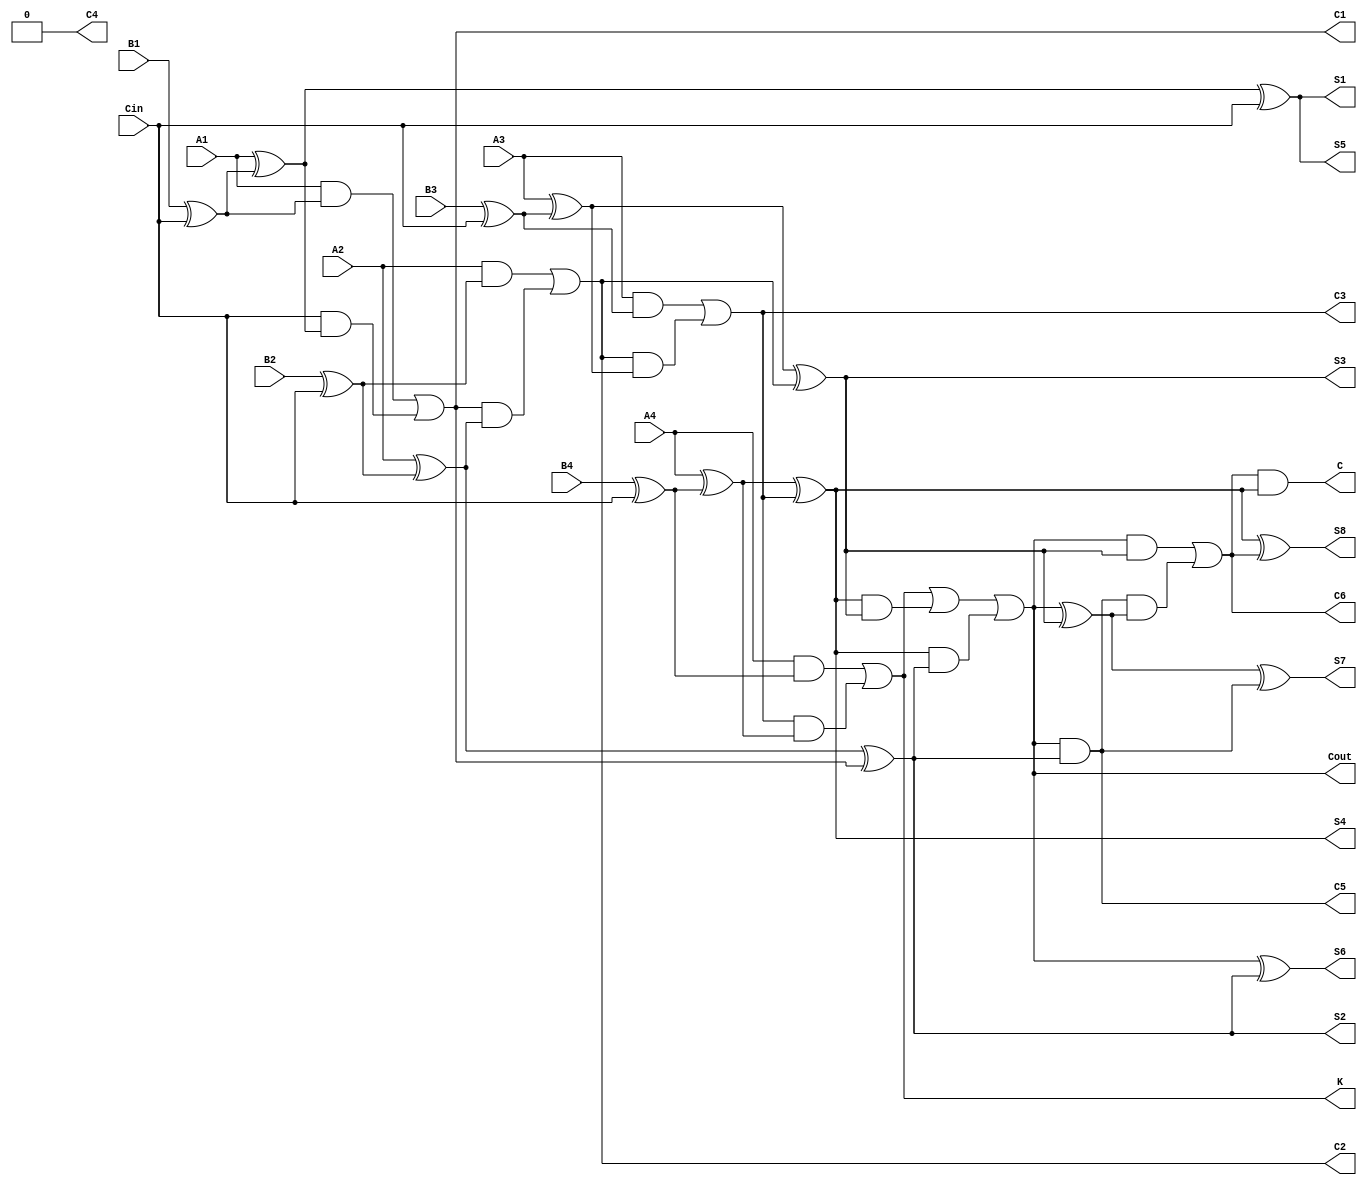
`timescale 1ns / 1ps

module bcd_adder(A4, A3, A2, A1, B4, B3, B2, B1, Cin, C1, C2, C3, K, Cout, S4, S3, S2, S1, S8, S7, S6, S5, C4, C5, C6, C);

input A4, A3, A2, A1, B4, B3, B2, B1, Cin;
output S4, S3, S2, S1, C1, C2, C3, K, Cout, S8, S7, S6, S5, C4, C5, C6, C;

assign S1=A1^(B1^Cin)^Cin;
assign C1=(A1&(B1^Cin))|((Cin)&(A1^(B1^Cin)));
assign S2=A2^(B2^Cin)^C1;
assign C2=(A2&(B2^Cin))|((C1)&(A2^(B2^Cin)));
assign S3=A3^(B3^Cin)^C2;
assign C3=(A3&(B3^Cin))|((C2)&(A3^(B3^Cin)));
assign S4=A4^(B4^Cin)^C3;
assign K=(A4&(B4^Cin))|((C3)&(A4^(B4^Cin)));
assign Cout=K|(S4&S3)|(S4&S2);

assign S5=0^S1^0;
assign C4=(0&S1)|(0&(S1^0));
assign S6=Cout^S2^C4;
assign C5=(Cout&S2)|((C4)&(Cout^S2));
assign S7=Cout^S3^C5;
assign C6=(Cout&S3)|((C5)&(Cout^S3));
assign S8=0^S4^C6;
assign C=(0&S4)|((C6)&(0^S4));

endmodule